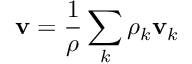
\mathbf { v } = \frac { 1 } { \rho } \sum _ { k } \rho _ { k } \mathbf { v } _ { k }